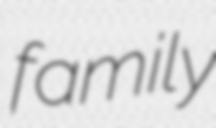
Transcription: family